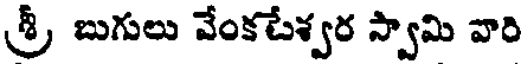
శ్రీ బుగులు వేంకటేశ్వర స్వామి వారి